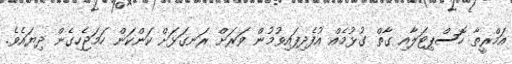
އަމްރީތާ ހޮސްޕިޓަލާއި ގާތް ގުޅުމެއް އުފެދިފައިވުމުން ވަރަށް ރަނގަޅަށް ކަންކަން ހަމަޖެހިގެން ދިޔައެވެ.